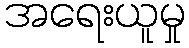
အရေးယူမှု